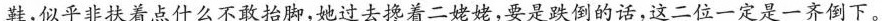
鞋，似乎非扶着点什么不敢抬脚，她过去搀着二姥姥，要是跌倒的话，这二位一定是一齐倒下。